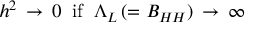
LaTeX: h ^ { 2 } \, \rightarrow \, 0 \; \; \mathrm { i f } \; \; \Lambda _ { L } \, ( = B _ { H H } ) \, \rightarrow \, \infty